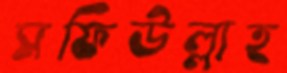
সফিউল্লাহ